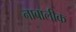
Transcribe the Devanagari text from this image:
नाबालीक